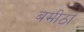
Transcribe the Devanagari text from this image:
बमीठा